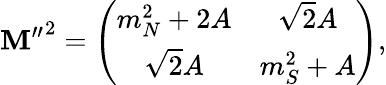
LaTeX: {\mathbf{M}^{\prime\prime}}^{2}=\left(\begin{array}{cc}{{m_{N}^{2}+2A}}&{{\sqrt{2}A}}\\ {{\sqrt{2}A}}&{{m_{S}^{2}+A}}\end{array}\right),